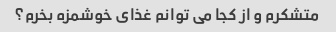
متشکرم و از کجا می توانم غذای خوشمزه بخرم؟